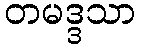
တမဒ္ဒသာ